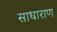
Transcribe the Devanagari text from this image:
साधाराण